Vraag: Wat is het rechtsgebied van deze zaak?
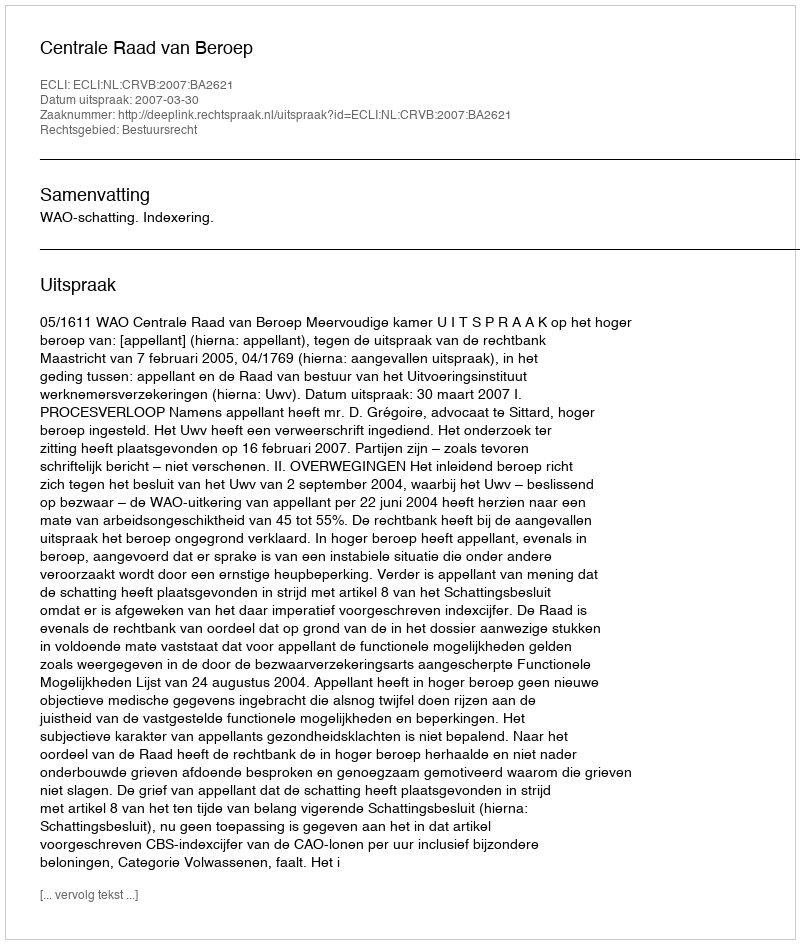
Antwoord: Bestuursrecht